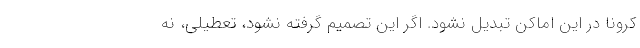
کرونا در این اماکن تبدیل نشود. اگر این تصمیم گرفته نشود، تعطیلی، نه